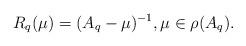
LaTeX: \begin{align*}R_q(\mu)=(A_q-\mu)^{-1},\mu \in \rho(A_q).\end{align*}